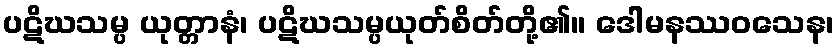
ပဋိဃသမ္ပ ယုတ္တာနံ၊ ပဋိဃသမ္ပယုတ်စိတ်တို့၏။ ဒေါမနဿဝသေန၊